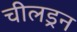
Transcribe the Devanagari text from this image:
चीलड्रन